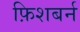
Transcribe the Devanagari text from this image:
फ़िशबर्न